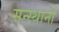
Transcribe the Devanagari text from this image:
सन्स्थानों